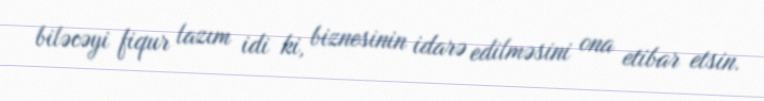
biləcəyi fiqur lazım idi ki, biznesinin idarə edilməsini ona etibar etsin.